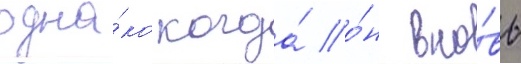
одна́ко когда́ о́н вно́вь